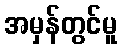
အမှန်တွင်မူ